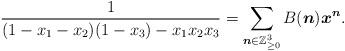
LaTeX: \begin{align*} \frac{1}{(1 - x_1 - x_2) (1 - x_3) - x_1 x_2 x_3} = \sum_{\boldsymbol{n} \in \mathbb{Z}_{\geq 0}^3} B (\boldsymbol{n}) \boldsymbol{x}^{\boldsymbol{n}} . \end{align*}